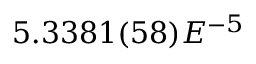
5 . 3 3 8 1 ( 5 8 ) E ^ { - 5 }